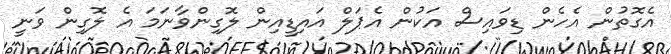
އެގޮތުން އެހެން ޑިވައިސް އަކުން އެޕަލް އައިޑީއިން ލޮގިންވާނަމަ އެ ލޮގިން ވަނީ